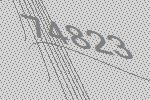
74823